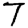
Digit: 7